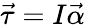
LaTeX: {\vec{\tau}}=I{\vec{\alpha}}